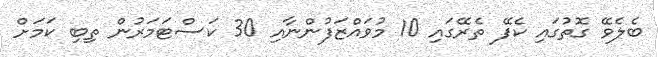
ބެލެވޭ ގޮތުގައި ކެފޭ ތެރޭގައި 10 މުވައްޒަފުންނާއި 30 ކަސްޓަމަރުން ތިބި ކަމަށް